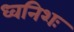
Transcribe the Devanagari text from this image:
ध्वनिशः